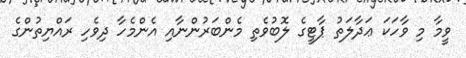
ވީމާ މި ވާހަކަ ޢަދާލަތު ޕާޓީގެ ލޮބުވެތި މެންބަރުންނާއި އެންމެހާ ދިވެހި ރައްޔިތުންގެ